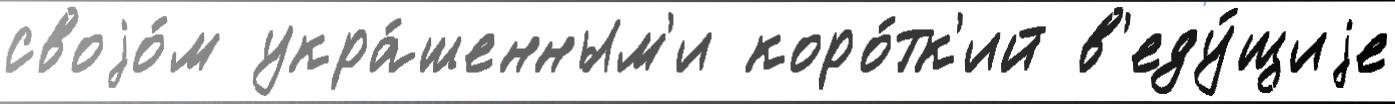
своjо́м укра́шенным'и коро́тк'ий в'еду́щиjе